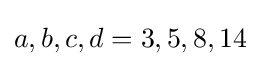
a,b,c,d=3,5,8,14